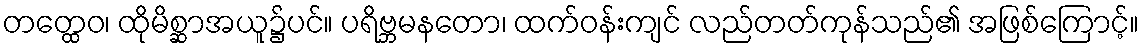
တတ္ထေဝ၊ ထိုမိစ္ဆာအယူ၌ပင်။ ပရိဗ္ဘမနတော၊ ထက်ဝန်းကျင် လည်တတ်ကုန်သည်၏ အဖြစ်ကြောင့်။